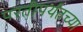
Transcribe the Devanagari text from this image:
परतीपर्यंतच्या